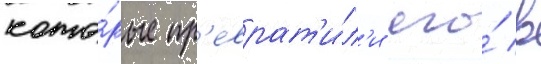
кото́рые пр'еврат'и́л'и его́ в